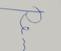
Signature authenticity: genuine